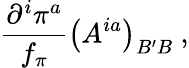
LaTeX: {\frac{{\partial^{i}}\pi^{a}}{f_{\pi}}}\left(A^{ia}\right)_{B^{\prime}B}\ ,